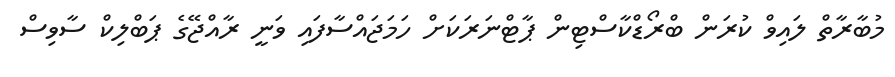
މުބާރާތް ލައިވް ކުރަން ބްރޯޑްކާސްޓިން ޕާޓްނަރަކަށް ހަމަޖައްސާފައި ވަނީ ރާއްޖޭގެ ޕަބްލިކް ސާވިސް